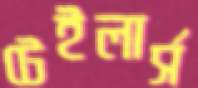
টেইলার্স